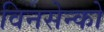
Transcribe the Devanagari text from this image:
विनसेन्को